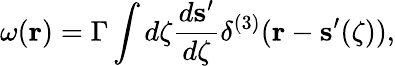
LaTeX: {\mathbf\omega}({\mathbf r})=\Gamma\int d\zeta\frac{d{\mathbf s}^{\prime}}{d\zeta}\delta^{(3)}({\mathbf r}-{\mathbf s}^{\prime}(\zeta)),